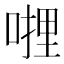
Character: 𭉜